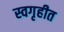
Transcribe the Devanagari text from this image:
स्वगृहीत